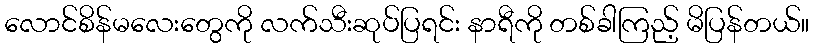
လောင်စိန်မလေးတွေကို လက်သီးဆုပ်ပြရင်း နာရီကို တစ်ခါကြည့် မိပြန်တယ်။